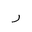
Letter: _ra